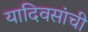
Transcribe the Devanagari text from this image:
यादिवसांची